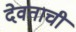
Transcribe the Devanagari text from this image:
देवताची